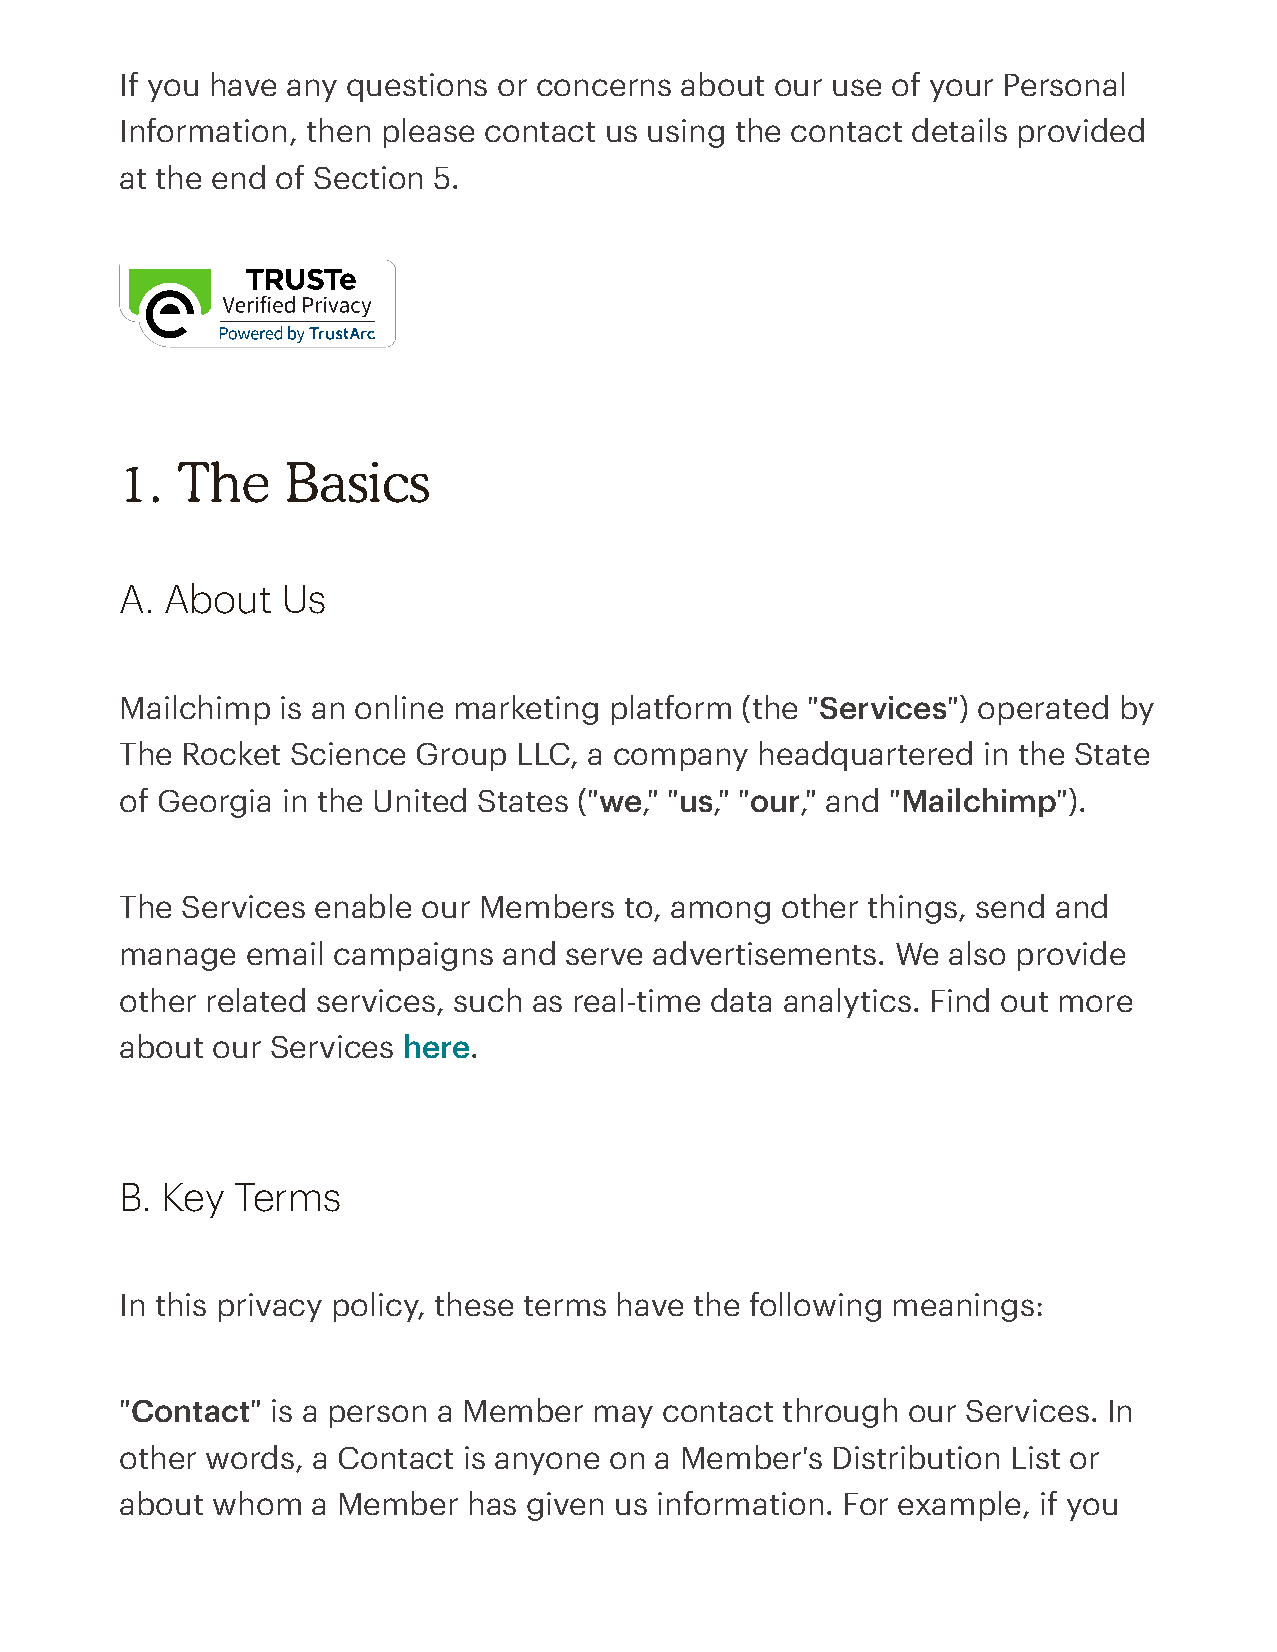
If you have any questions or concerns about our use of your Personal
 Information, then please contact us using the contact details provided
 at the end of Section 5.
 1.  The    Basics
 A. About   Us
 Mailchimp is an online marketing platform (the "Services") operated by
 The Rocket Science  Group LLC, a company  headquartered  in the State
 of Georgia in the United States ("we," "us," "our," and "Mailchimp").
 The Services enable our Members  to, among  other things, send and
 manage  email campaigns  and serve advertisements. We  also provide
 other related services, such as real-time data analytics. Find out more
 about our Services here.
 B. Key  Terms
 In this privacy policy, these terms have the following meanings:
 "Contact" is a person a Member may  contact through our Services. In
 other words, a Contact is anyone on a Member's Distribution List or
 about whom   a Member  has given us information. For example, if you